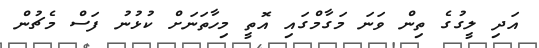
އަދި ލީގުގެ ތިން ވަނަ މަގާމްގައި އޮތީ މިހާތަނަށް ކުޅުުނު ފަސް މެޗުން